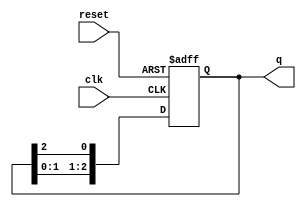
module ring_counter (
    input wire clk,        // Clock signal
    input wire reset,      // Asynchronous reset signal
    output reg [N-1:0] q   // Output of the ring counter
);
    parameter N = 3;       // Number of bits in the ring counter

    // Initial state
    initial begin
        q = 1'b1;          // Initialize the counter to 001 for a 3-bit counter
    end

    always @(posedge clk or posedge reset) begin
        if (reset) begin
            q <= 1'b1;      // Reset the counter to 001
        end else begin
            // Shift the '1' to the left, wrapping around
            q <= {q[N-2:0], q[N-1]}; // Shift left and wrap around
        end
    end
endmodule